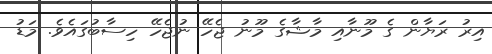
އިރު ރަޔާން ގެ މޫނާއި މާޝާގެ މޫނު ޖެހޭ ނުޖެހޭ ހިސާބުގައެވެ. މަޑު